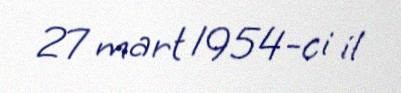
27 mart 1954-ci il